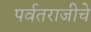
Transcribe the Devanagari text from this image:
पर्वतराजीचे